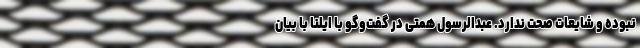
نبوده و شایعات صحت ندارد. عبدالرسول همتی در گفت‌وگو با ایلنا با بیان